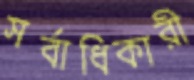
সর্বাধিকারী